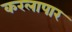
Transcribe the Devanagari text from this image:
करलापार